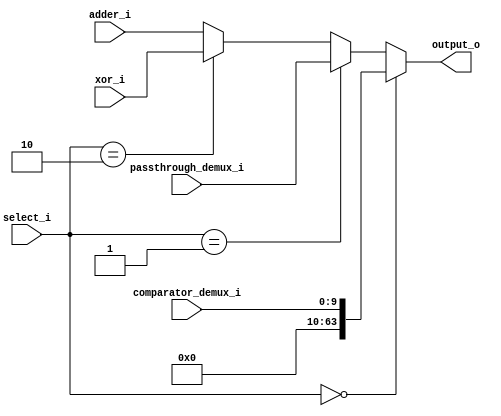
module output_demux (
  input [9:0] comparator_demux_i,
  input [63:0] passthrough_demux_i,
  input [63:0] xor_i,
  input [63:0] adder_i,

  input [1:0] select_i,

  output reg [63:0] output_o
);

always @(*) begin
  if (select_i == 2'b00)
    output_o = {54'd0, comparator_demux_i};
  else if (select_i == 2'b01)
    output_o = passthrough_demux_i;
  else if (select_i == 2'b10)
    output_o = xor_i;
  else // select_i == 2'b11
    output_o = adder_i;
end

endmodule